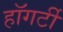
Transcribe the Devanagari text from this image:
हॉगर्टी